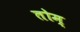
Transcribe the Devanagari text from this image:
तोम्